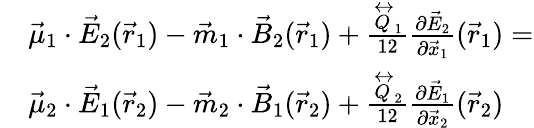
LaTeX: \begin{array}{rl}&{\vec{\mu}_{1}\cdot\vec{E}_{2}(\vec{r}_{1})-\vec{m}_{1}\cdot\vec{B}_{2}(\vec{r}_{1})+\frac{\stackrel{\leftrightarrow}{Q}_{1}}{12}\frac{\partial\vec{E}_{2}}{\partial\vec{x}_{1}}(\vec{r}_{1})=}\\ &{\vec{\mu}_{2}\cdot\vec{E}_{1}(\vec{r}_{2})-\vec{m}_{2}\cdot\vec{B}_{1}(\vec{r}_{2})+\frac{\stackrel{\leftrightarrow}{Q}_{2}}{12}\frac{\partial\vec{E}_{1}}{\partial\vec{x}_{2}}(\vec{r}_{2})}\end{array}